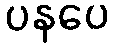
ပနပေ